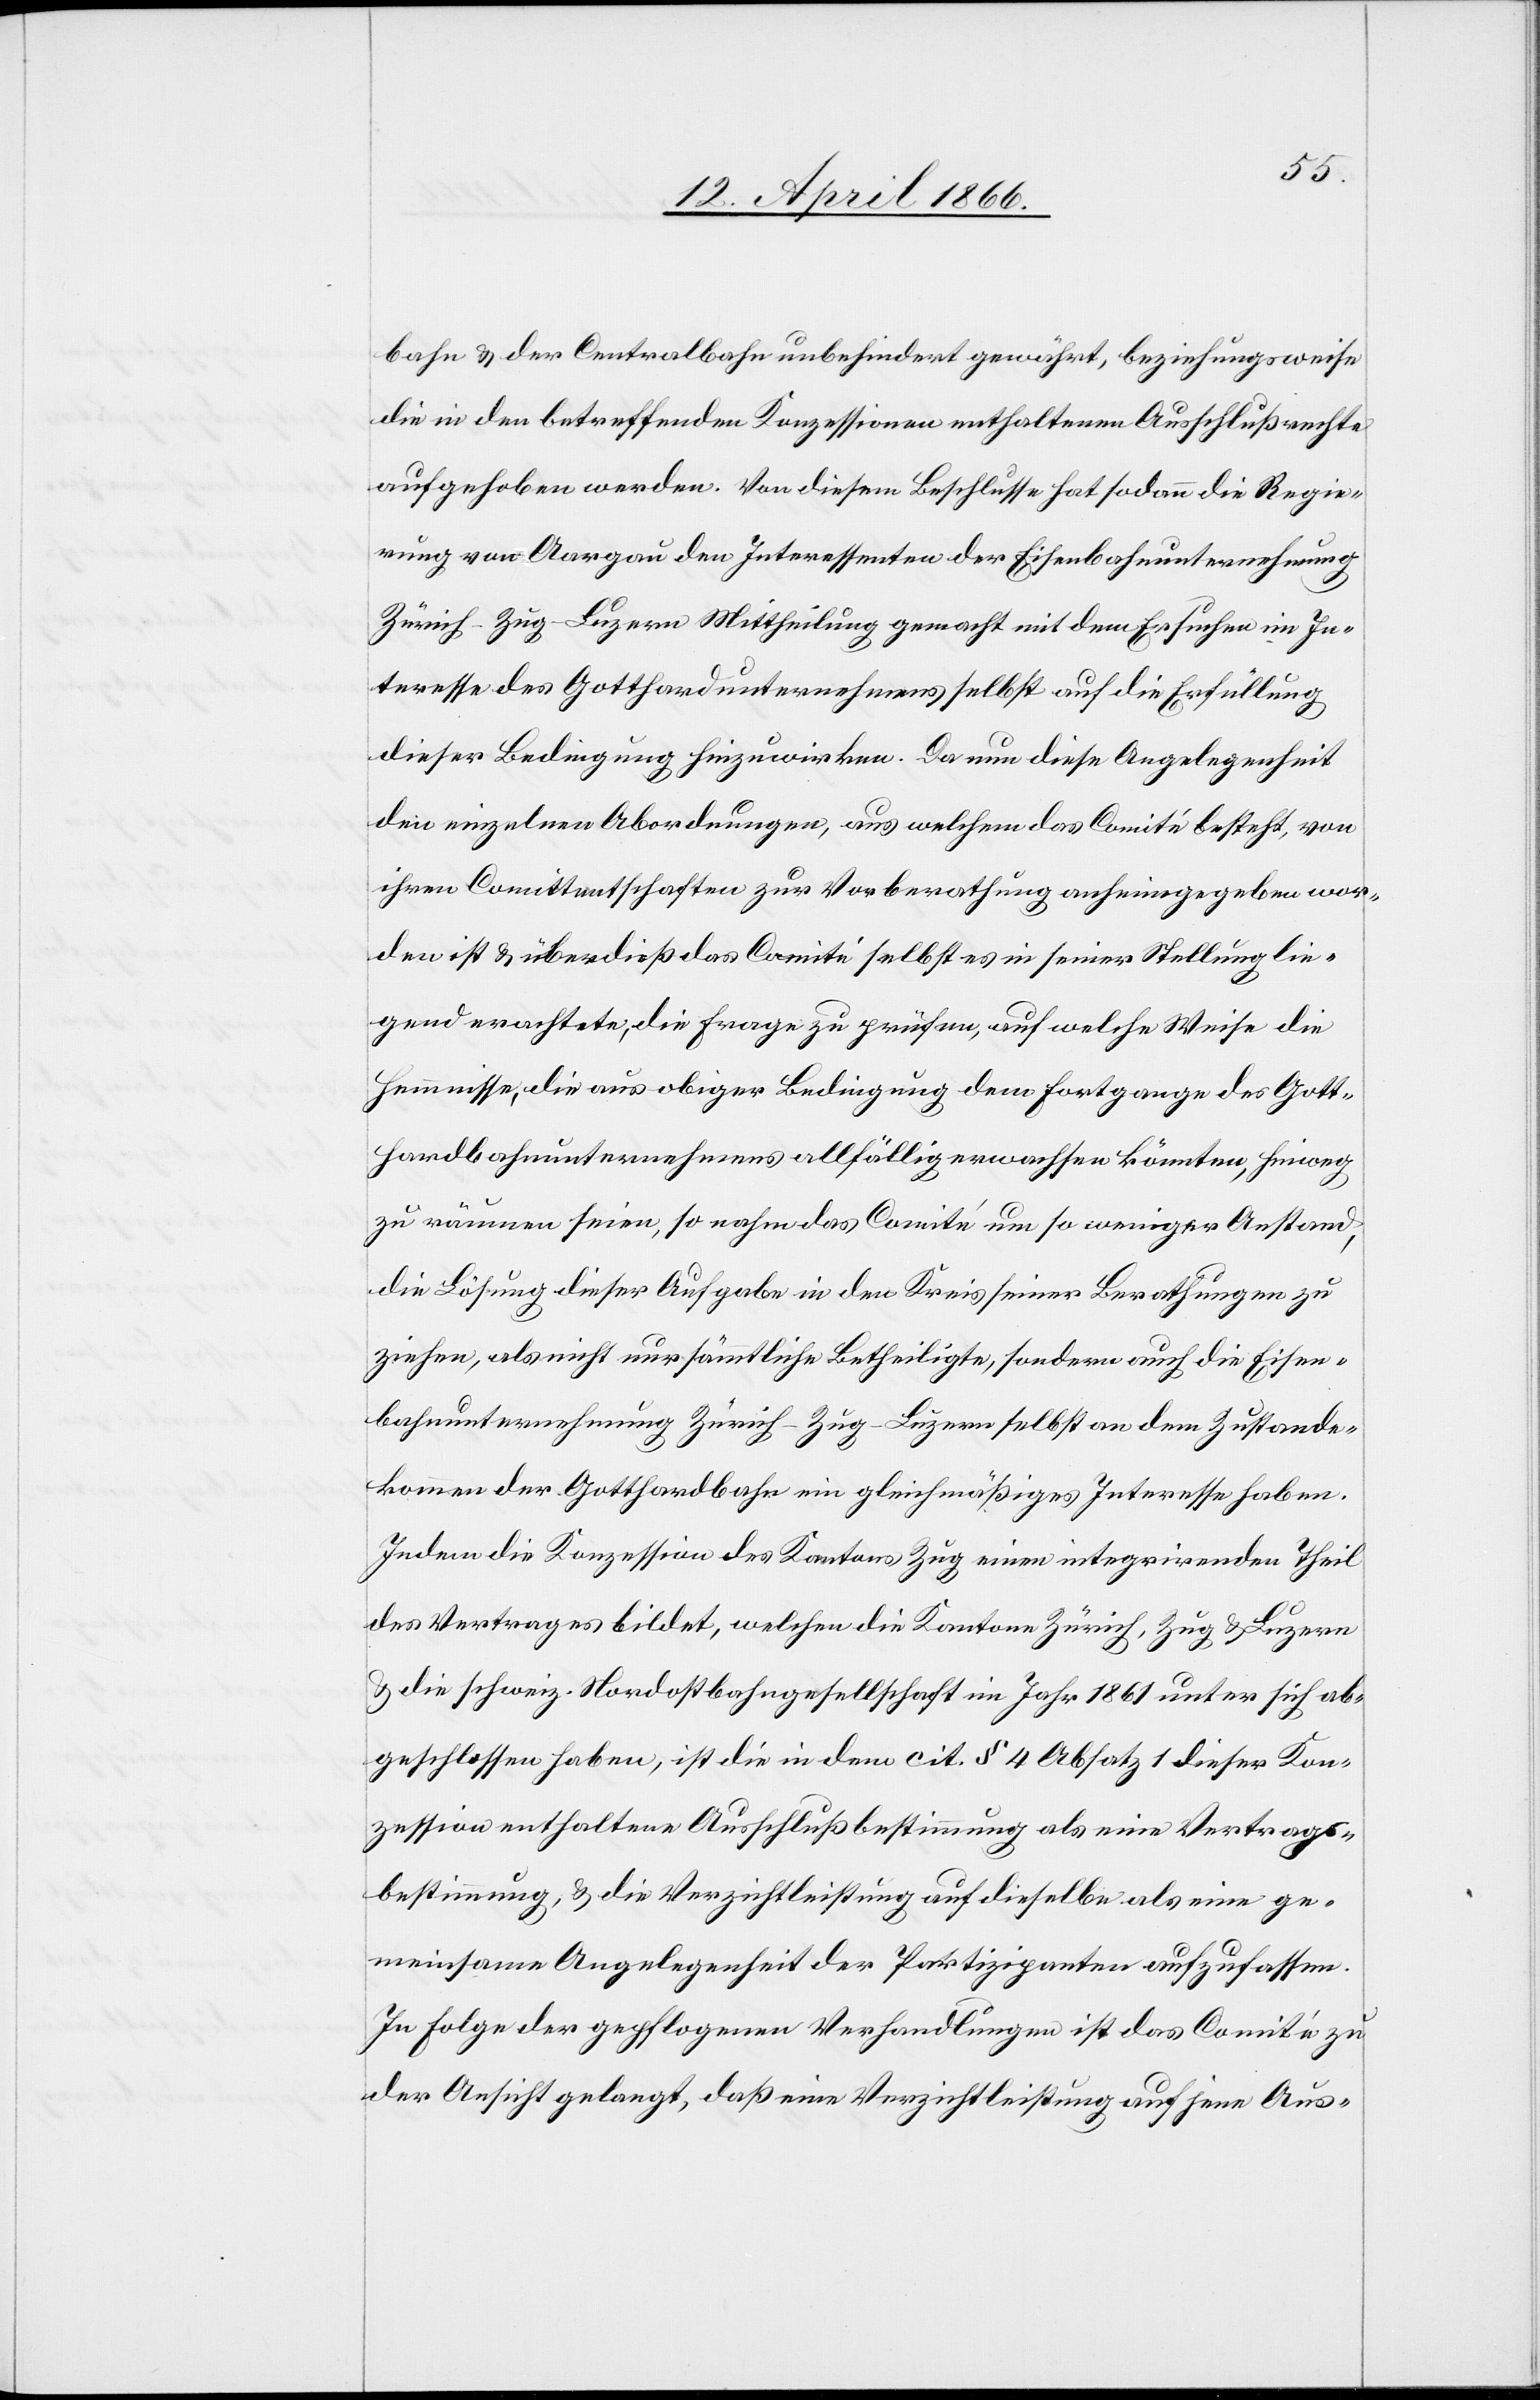
bahn u. der Centralbahn unbehindert gewährt, beziehungsweise
die in den betreffenden Konzessionen enthaltenen Ausschlußrechte
aufgehoben werden. Von diesem Beschlusse hat sodann die Regie¬
rung von Aargau den Interessenten der Eisenbahnunternehmung
Zürich–Zug–Luzern Mittheilung gemacht mit dem Ersuchen im In¬
teresse des Gotthardunternehmens selbst auf die Erfüllung
dieser Bedingung hinzuwirken. Da nun diese Angelegenheit
den einzelnen Abordnungen, aus welchen das Comité besteht, von
ihren Comittentschaften zur Vorberathung anheimgegeben wor¬
den ist u. überdieß das Comité selbst es in seiner Stellung lie¬
gend erachtete, die Frage zu prüfen, auf welche Weise die
Hemmnisse, die aus obiger Bedingung dem Fortgange des Gott¬
hardbahnunternehmens allfällig erwachsen könnten, hinweg
zu räumen seien, so nahm das Comité um so weniger Anstand,
die Löhnung dieser Aufgabe in den Kreis seiner Berathung zu
ziehen, als nicht nur sämmtliche Betheiligte, sondern auch die Eisen¬
bahnunternehmung Zürich–Zug–Luzern selbst an dem Zustande¬
kommen der Gotthardbahn ein gleichmäßiges Interesse haben.
Indem die Konzession des Kantons Zug einen integrirenden Theil
des Vertrages bildet, welchen die Kantone Zürich, Zug u. Luzern
u. die schweiz. Nordostbahngesellschaft im Jahr 1861 unter sich ab¬
geschlossen haben, ist die in dem cit. § 4 Absatz 1 dieser Kon¬
zession enthaltene Ausschlußbestimmung als eine Vertrags¬
bestimmung, u. die Verzichtleistung auf dieselbe als eine ge¬
meinsame Angelegenheit der Partizipanten aufzufassen.
In Folge der gepflogenen Verhandlungen ist das Comité zu
der Ansicht gelangt, daß eine Verzichtleistung auf jene Aus-